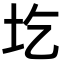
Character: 圪